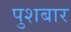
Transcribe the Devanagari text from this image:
पुशबार